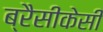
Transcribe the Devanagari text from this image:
ब्रैसीकेसी